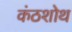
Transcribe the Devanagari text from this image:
कंठशोथ